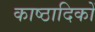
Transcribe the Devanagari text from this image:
काष्ठादिकों